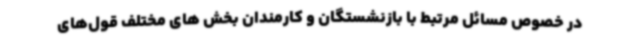
در خصوص مسائل مرتبط با بازنشستگان و کارمندان بخش های مختلف قول‌های